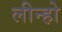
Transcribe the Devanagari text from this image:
लीन्‍हो